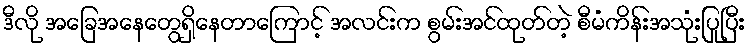
ဒီလို အခြေအနေတွေရှိနေတာကြောင့် အလင်းက စွမ်းအင်ထုတ်တဲ့ စီမံကိန်းအသုံးပြုပြီး